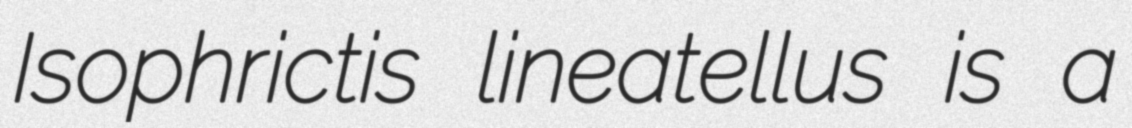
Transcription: Isophrictis lineatellus is a